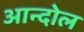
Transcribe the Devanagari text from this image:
आन्दोल